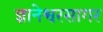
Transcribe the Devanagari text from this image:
ज्ञानेश्वरसागर